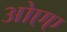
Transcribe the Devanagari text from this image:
ओएए